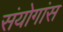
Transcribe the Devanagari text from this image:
संयोगांस